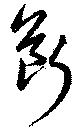
断